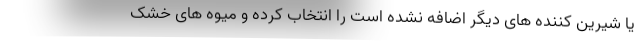
یا شیرین کننده های دیگر اضافه نشده است را انتخاب کرده و میوه های خشک